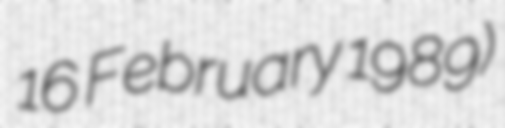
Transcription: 16 February 1989)